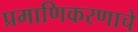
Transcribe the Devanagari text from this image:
प्रमाणिकरणाचे